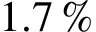
1 . 7 \, \%